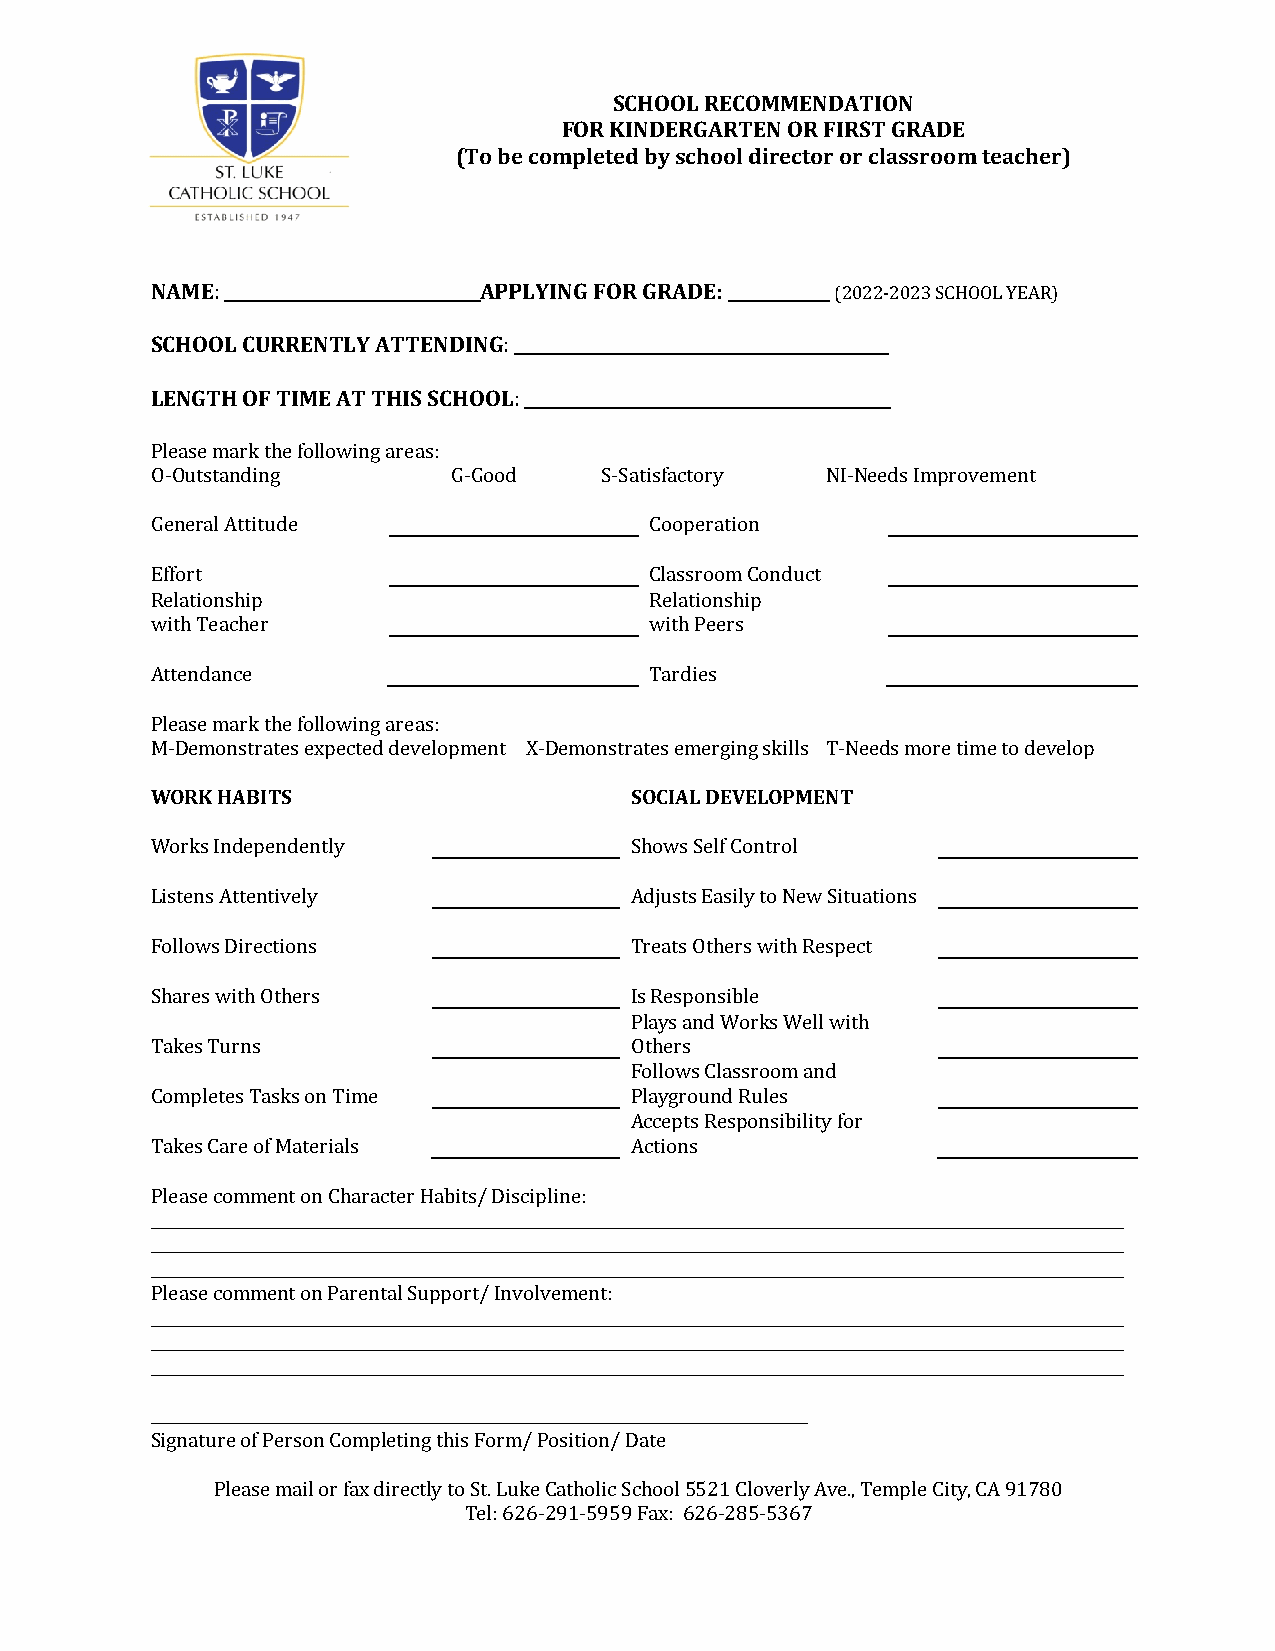
SCHOOL RECOMMENDATION
 FOR KINDERGARTEN OR FIRST GRADE
 (To be completed by school director or classroom teacher)
 NAME: ______________________________APPLYING FOR GRADE: ____________ (2022-2023 SCHOOL YEAR)
 SCHOOL CURRENTLY ATTENDING: ____________________________________________
 LENGTH OF TIME AT THIS SCHOOL: ___________________________________________
 Please mark the following areas:
 O-Outstanding       G-Good    S-Satisfactory NI-Needs Improvement
 General Attitude                 Cooperation
 Effort                           Classroom Conduct
 Relationship                     Relationship
 with Teacher                     with Peers
 Attendance                       Tardies
 Please mark the following areas:
 M-Demonstrates expected development X-Demonstrates emerging skills T-Needs more time to develop
 WORK HABITS                     SOCIAL DEVELOPMENT
 Works Independently             Shows Self Control
 Listens Attentively             Adjusts Easily to New Situations
 Follows Directions              Treats Others with Respect
 Shares with Others              Is Responsible
 Plays and Works Well with
 Takes Turns                     Others
 Follows Classroom and
 Completes Tasks on Time         Playground Rules
 Accepts Responsibility for
 Takes Care of Materials         Actions
 Please comment on Character Habits/ Discipline:
 ______________________________________________________________________________________________________________________________
 ______________________________________________________________________________________________________________________________
 ______________________________________________________________________________________________________________________________
 Please comment on Parental Support/ Involvement:
 ______________________________________________________________________________________________________________________________
 ______________________________________________________________________________________________________________________________
 ______________________________________________________________________________________________________________________________
 _____________________________________________________________________________________
 Signature of Person Completing this Form/ Position/ Date
 Please mail or fax directly to St. Luke Catholic School 5521 Cloverly Ave., Temple City, CA 91780
 Tel: 626-291-5959 Fax: 626-285-5367